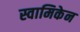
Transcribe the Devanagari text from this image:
स्वामिकेन